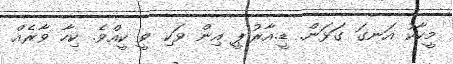
މީކާކު އަނގަ ގަޅަން. ޑީ.އާރު.ޕީ އިން ވަކި ވީ ކީއްވެ. ކިހާ ވާރެއް